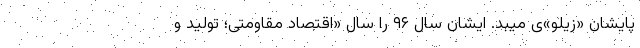
پایشان «زیلو»ی میبد. ایشان سال ۹۶ را سال «اقتصاد مقاومتی؛ تولید و